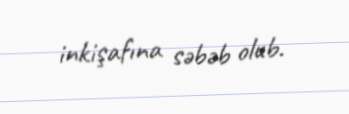
inkişafına səbəb olub.